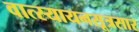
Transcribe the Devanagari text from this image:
वात्स्यायनसूत्रसार